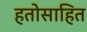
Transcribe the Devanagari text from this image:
हतोसाहित